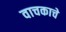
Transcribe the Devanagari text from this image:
वाचकाचे